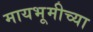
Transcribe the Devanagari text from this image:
मायभूमीच्या